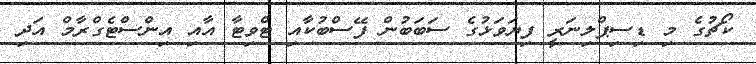
ކޯޗުގެ މި ޑިސިޕްލިނަރީ ފިޔަވަޅުގެ ސަބަބުން ފޭސްބުކާއި ޓްވިޓާ އާއި އިންސްޓެގްރާމް އަދި